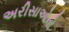
અરીસાઓનો